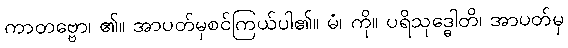
ကာတဗ္ဗော၊ ၏။ အာပတ်မှစင်ကြယ်ပါ၏။ မံ၊ ကို။ ပရိသုဒ္ဓေါတိ၊ အာပတ်မှ